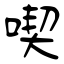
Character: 喫